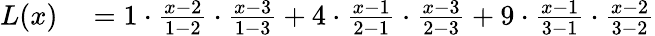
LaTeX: \begin{array}{rl}{L(x)}&{{}={1}\cdot{\frac{x-2}{1-2}}\cdot{\frac{x-3}{1-3}}+{4}\cdot{\frac{x-1}{2-1}}\cdot{\frac{x-3}{2-3}}+{9}\cdot{\frac{x-1}{3-1}}\cdot{\frac{x-2}{3-2}}}\end{array}